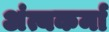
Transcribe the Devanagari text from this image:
अंत्यकर्मा